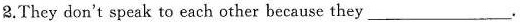
2. They don't speak to each other because they ___.